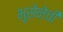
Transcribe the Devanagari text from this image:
भूसेनेची